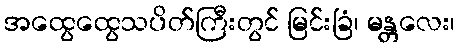
အထွေထွေသပိတ်ကြီးတွင် မြင်းခြံ၊ မန္တလေး၊